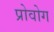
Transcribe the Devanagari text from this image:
प्रोवोग